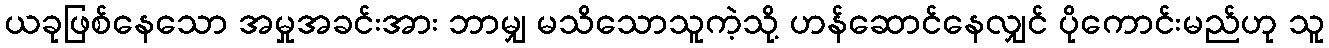
ယခုဖြစ်နေသော အမှုအခင်းအား ဘာမျှ မသိသောသူကဲ့သို့ ဟန်ဆောင်နေလျှင် ပိုကောင်းမည်ဟု သူ